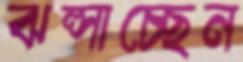
ঝল্‌সাচ্ছেন